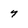
Character: 7